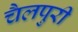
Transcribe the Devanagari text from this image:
चैलपुरी